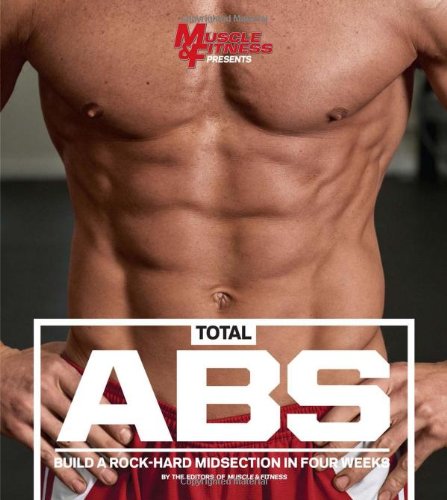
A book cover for Total Abs: Build a Rock-Hard Midsection in Four Weeks; Muscle & Fitness; Health, Fitness & Dieting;